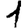
Digit: 1